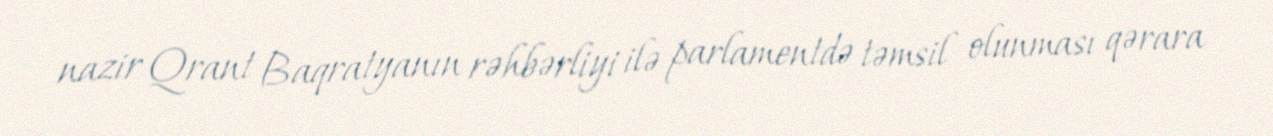
nazir Qrant Baqratyanın rəhbərliyi ilə parlamentdə təmsil olunması qərara